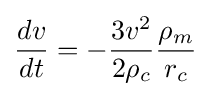
{\frac {dv}{dt}}=-{\frac {3v^{2}}{2\rho _{c}}}{\frac {\rho _{m}}{r_{c}}}